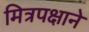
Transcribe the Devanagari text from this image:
मित्रपक्षाने